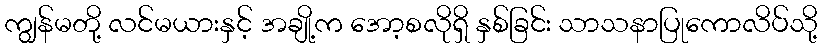
ကျွန်မတို့ လင်မယားနှင့် အချို့က အော့စလိုရှိ နှစ်ခြင်း သာသနာပြုကောလိပ်သို့